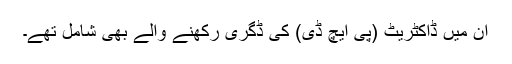
اِن میں ڈاکٹریٹ (پی ایچ ڈی) کی ڈگری رکھنے والے بھی شامل تھے۔